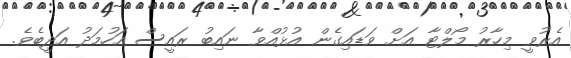
އެރުވީ މިހާރު މޯލްޓާ އަށް ވަޑައިގެން އުޅުއްވާ ނައިބު ރައީސް އަހުމަދު އަދީބެވެ.